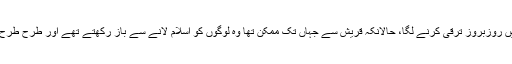
ابن اسحاق کہتے ہیں کہ جب اسلام قریش میں روزبروز ترقی کرنے لگا، حالانکہ قریش سے جہاں تک ممکن تھا وہ لوگوں کو اسلام لانے سے باز رکھتے تھے اور طرح طرح سے ان کو ایذاء اور تکلیفیں پہنچاتے تھے۔